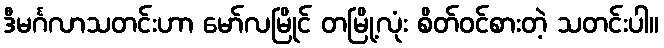
ဒီမင်္ဂလာသတင်းဟာ မော်လမြိုင် တမြို့လုံး စိတ်ဝင်စားတဲ့ သတင်းပါ။